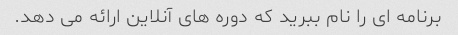
برنامه ای را نام ببرید که دوره های آنلاین ارائه می دهد.